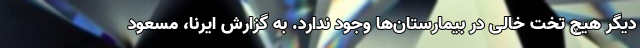
دیگر هیچ تخت خالی در بیمارستان‌ها وجود ندارد. به گزارش ایرنا، مسعود